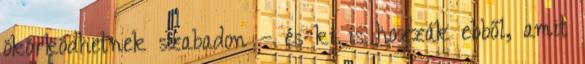
ökörködhetnek szabadon – és ki is hozzák ebből, amit